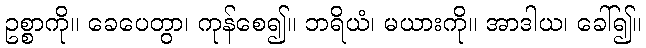
ဥစ္စာကို။ ခေပေတွာ၊ ကုန်စေ၍။ ဘရိယံ၊ မယားကို။ အာဒါယ၊ ခေါ်၍။